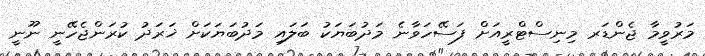
މަރުވީމާ ޖެންޑަރ މިނިސްޓްރީއަށް ފަސޭހަވާނެ މަދުބަޔަކު ބަލައި މަދުބަޔަކަށް ޚަރަދު ކުރަންޖެހޭނީ ނޫނީ